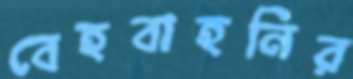
বেহবাহনির